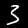
Digit: 3